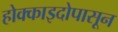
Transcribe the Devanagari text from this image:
होक्काइदोपासून